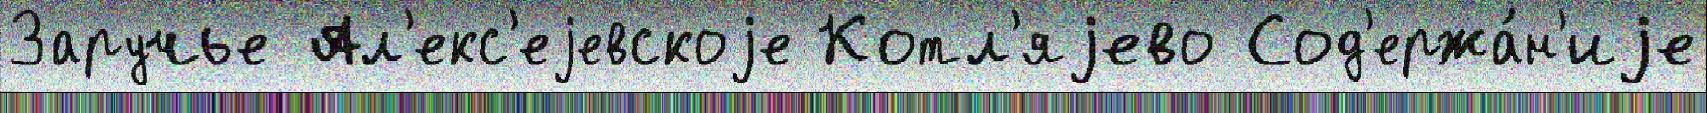
Заручье Ал'екс'еjевскоjе Котл'яjево Сод'ержа́н'иjе